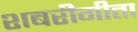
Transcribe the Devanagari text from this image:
शबरीगीता